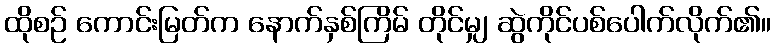
ထိုစဉ် ကောင်းမြတ်က နောက်နှစ်ကြိမ် တိုင်မျှ ဆွဲကိုင်ပစ်ပေါက်လိုက်၏။